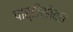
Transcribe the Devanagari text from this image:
पार्टीसोबत